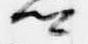
卿